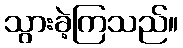
သွားခဲ့ကြသည်။